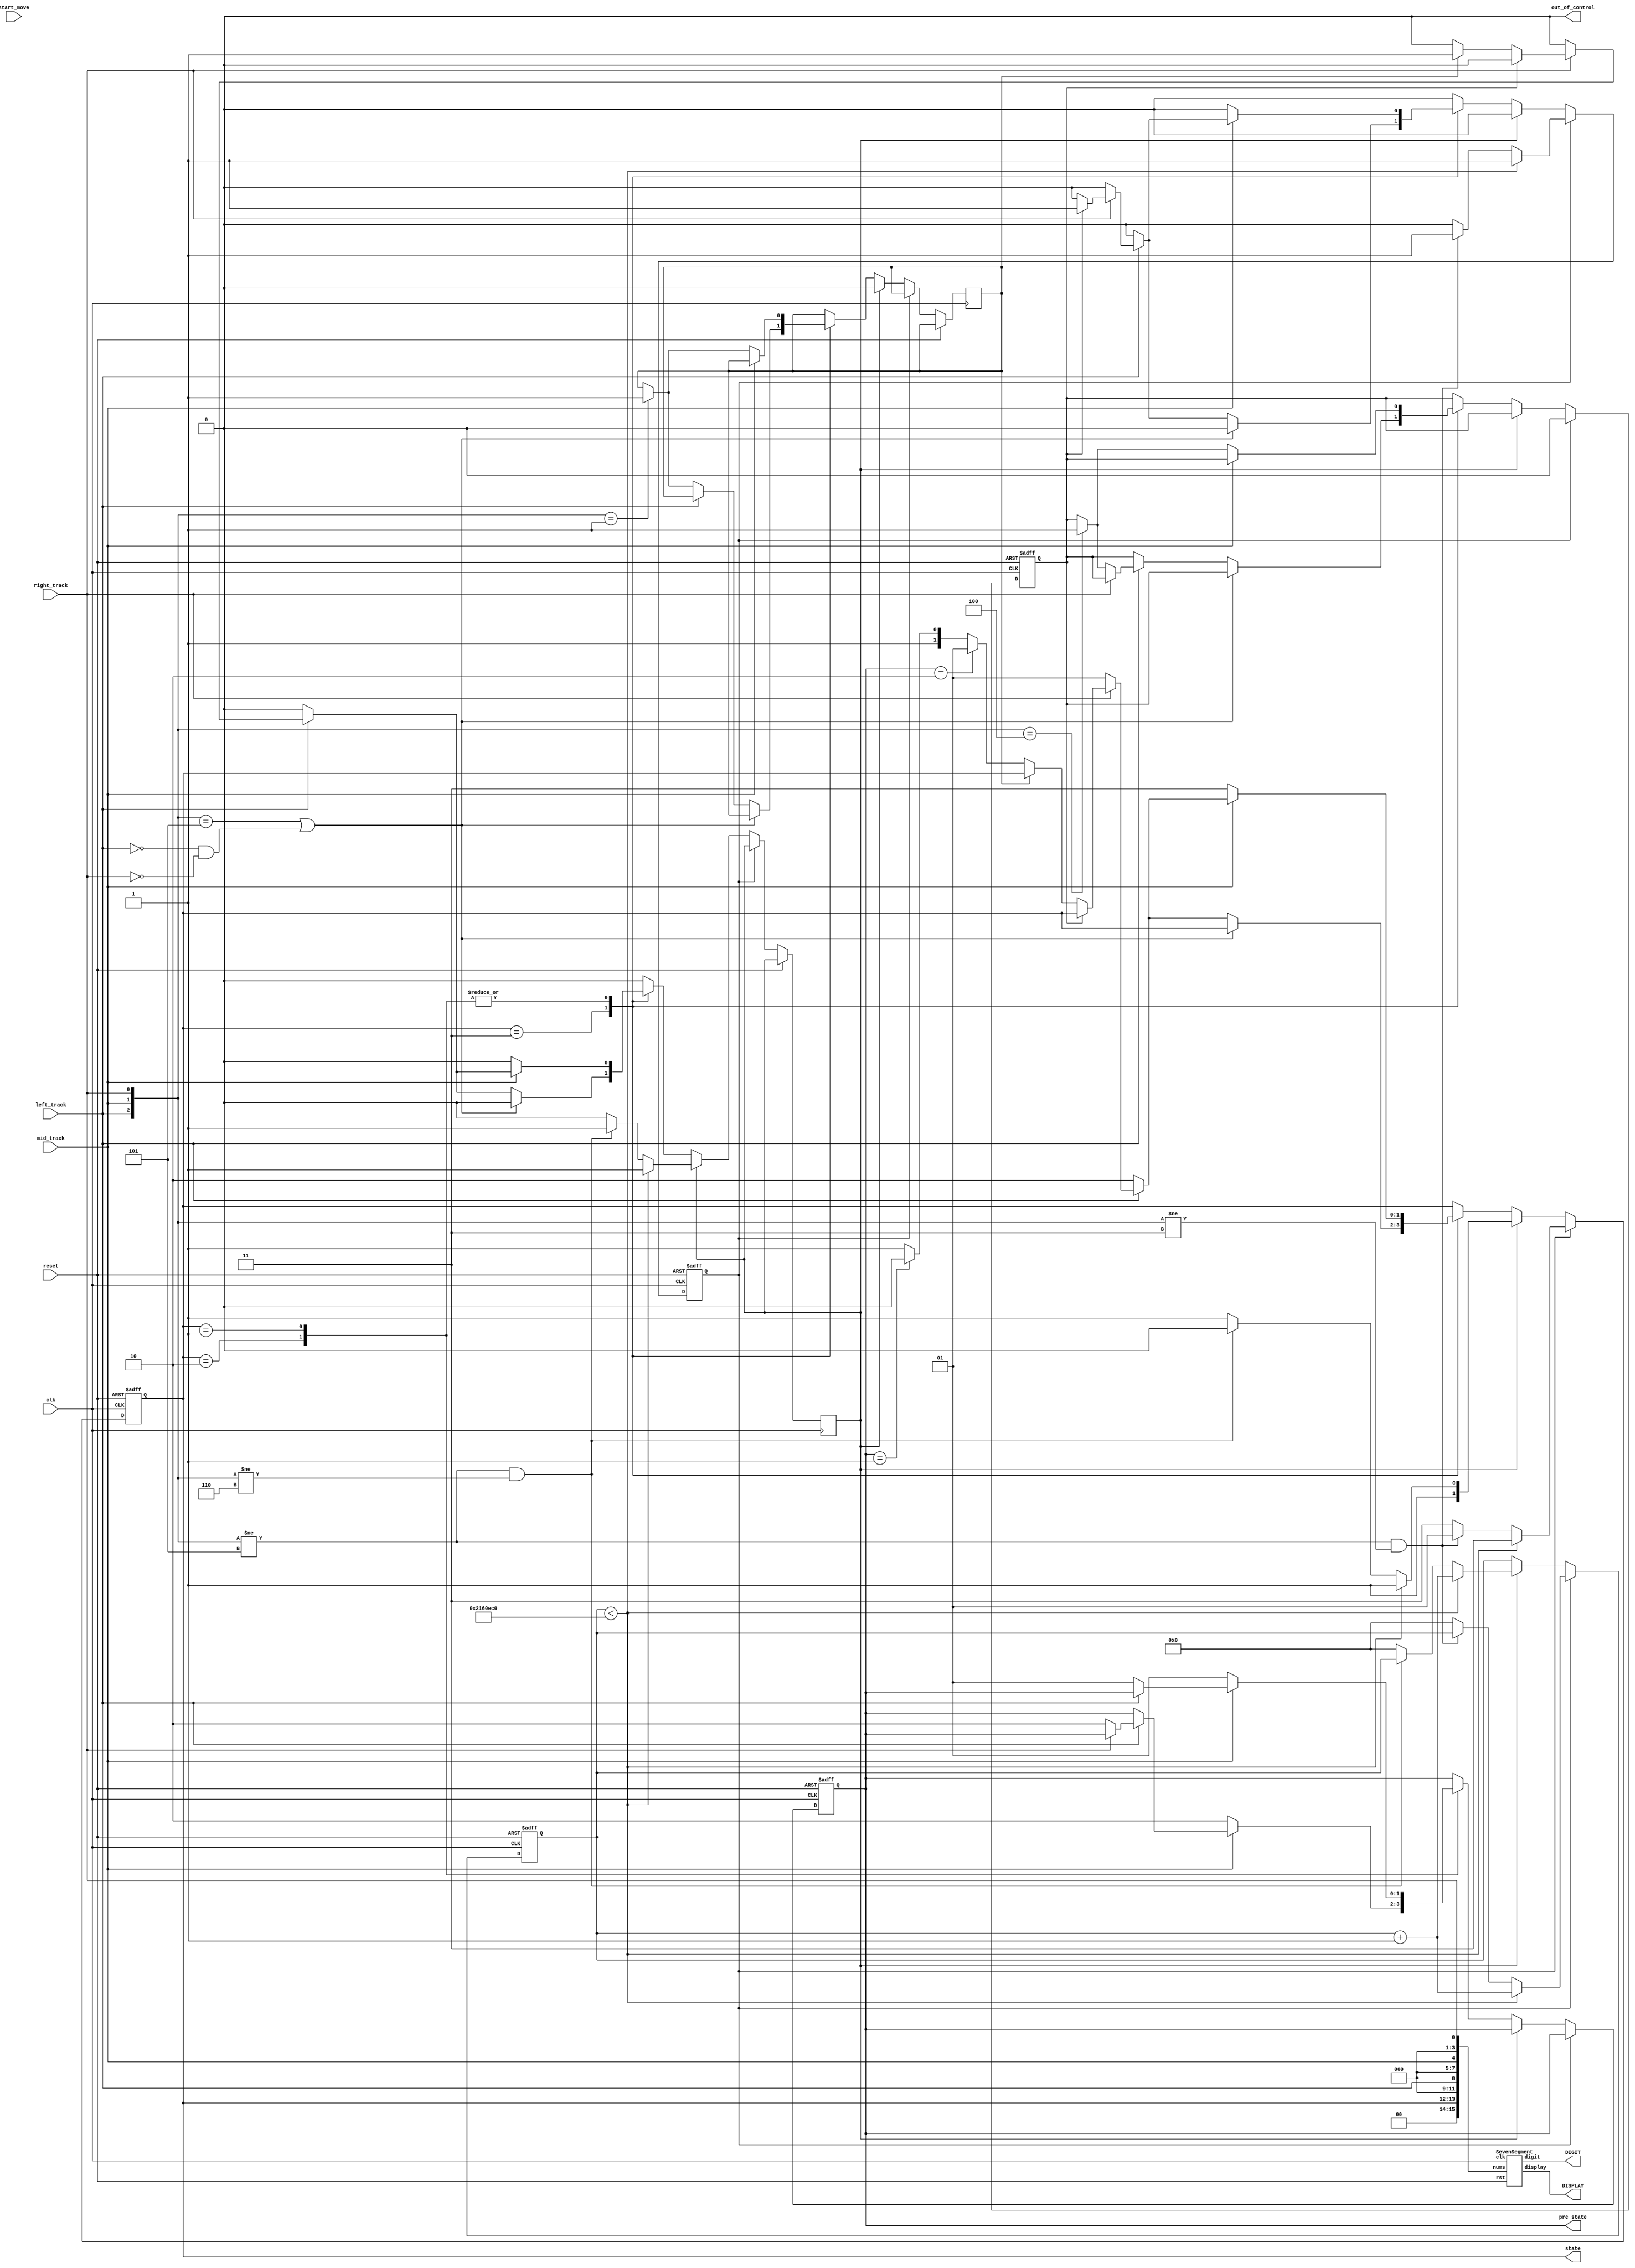
module tracker_sensor(
    input clk, 
    input reset, 
    input left_track, 
    input right_track, 
    input mid_track,
	input start_move,
    output reg [1:0] state, 
    output wire [6:0] DISPLAY, 
    output wire [3:0] DIGIT,
	output reg [1:0] pre_state,
	output wire out_of_control
);

	assign out_of_control = 0;
    // TODO: Receive three tracks and make your own policy.
    // Hint: You can use output state to change your action.
    SevenSegment S(
        .display(DISPLAY),
        .digit(DIGIT),
        .nums({2'b00, state , 3'b000, left_track, 3'b000, mid_track, 3'b000, right_track}),
        .rst(reset),
        .clk(clk)
    );
	parameter turn_left = 2'b10 ;
    parameter go_straight = 2'b11;
    parameter turn_right = 2'b01;
    parameter stop = 2'b00;
	reg direction, ninety_left = 0, ninety_right = 0, flag_ninety_left = 0;
	reg[29:0] cnt = 30'b0, cnt_left_turn = 30'b0, cnt_right_turn = 30'b0, cnt_calibrate = 30'b0;
	reg flag = 0, calibrate = 0, big_turn_right = 0, flag_big_turn_right = 0;
	wire out_the_track = 0;
    wire [2:0] sensor = {left_track, mid_track, right_track};
    //state
    always @(posedge clk, posedge reset) begin
        if(reset) begin
			state <= go_straight;
			pre_state <= go_straight;
			big_turn_right <= 0;
			flag_big_turn_right <= 0;
			cnt <= 0;
		end
        else begin
			if(big_turn_right) begin
				flag_big_turn_right <= 0;
				if(cnt < 30'd35000000) begin
					cnt <= cnt + 1;
					state <= go_straight;
				end
				else begin
					if(sensor != 3'b101 && sensor != 3'b011) begin
						state <= turn_right;
					end
					else begin
						state <= go_straight;
						cnt <= 0;
						big_turn_right <= 0;
					end
				end
			end
			else if(ninety_left) begin
				flag_ninety_left <= 0;
				if(cnt < 30'd35000000) begin
					cnt <= cnt + 1;
					state <= go_straight;
				end
				else begin
					if(sensor != 3'b101 && sensor != 3'b110) state <= turn_left;
					else begin
						state <= go_straight;
						cnt <= 0;
						ninety_left <= 0;
					end
				end
			end
			else begin
				case(state)
				go_straight: begin
					if(sensor == 3'b101 || (!left_track && !right_track)) begin
						state <= state;
						pre_state <= pre_state;
					end
					else if(!left_track) begin
						state <= turn_left;
						pre_state <= pre_state;
						if(sensor == 3'b001) flag_ninety_left <= 1;
						else flag_ninety_left <= flag_ninety_left;
					end
					else if(!right_track) begin
						state <= turn_right;
						pre_state <= pre_state;
						if(sensor == 3'b100) flag_big_turn_right <= 1;
						else flag_big_turn_right <= flag_big_turn_right;
					end
					else begin
						if(flag_big_turn_right) begin
							big_turn_right <= 1;
						end
						else if(flag_ninety_left) begin
							ninety_left <= 1;
						end
						else begin
							state <= (pre_state == turn_left) ? turn_right :
									(pre_state == turn_right) ? turn_left : go_straight; 
						end
					end
				end
				turn_left: begin
					if(!mid_track) begin
						state <= go_straight;
						pre_state <= turn_left;
						if(sensor == 3'b100) flag_big_turn_right <= 1;
						else flag_big_turn_right <= flag_big_turn_right;
						if(sensor == 3'b001) flag_ninety_left <= 1;
						else flag_ninety_left <= flag_ninety_left;
					end
					else if(!left_track) begin
						state <= turn_left;
						pre_state <= pre_state;
					end
					else if(!right_track) begin
						state <= turn_right;
						pre_state <= turn_left;
					end
					else begin
						if(flag_big_turn_right) begin
							big_turn_right <= 1;
						end
						else if(flag_ninety_left) begin
							ninety_left <= 1;
						end
						else begin
							state <= (pre_state == turn_left) ? turn_right :
									(pre_state == turn_right) ? turn_left : go_straight; 
						end
					end
				end
				turn_right: begin
					if(!mid_track) begin
						state <= go_straight;
						pre_state <= turn_right;
						if(sensor == 3'b100) flag_big_turn_right <= 1;
						else flag_big_turn_right <= flag_big_turn_right;
						if(sensor == 3'b001) flag_ninety_left <= 1;
						else flag_ninety_left <= flag_ninety_left;
					end
					else if(!left_track) begin
						state <= turn_left;
						pre_state <= turn_right;
					end
					else if(!right_track) begin
						state <= turn_right;
						pre_state <= pre_state;
					end
					else begin
						if(flag_big_turn_right) begin
							big_turn_right <= 1;
						end
						else if(flag_ninety_left) begin
							ninety_left <= 1;
						end
						else begin
							state <= (pre_state == turn_left) ? turn_right :
									(pre_state == turn_right) ? turn_left : go_straight; 
						end
					end
				end
				default: state <= state;
				endcase
			end

        end
    end
    
endmodule

module SevenSegment(
	output reg [6:0] display,
	output reg [3:0] digit,
	input wire [15:0] nums,
	input wire rst,
	input wire clk
    );
    
    reg [15:0] clk_divider;
    reg [3:0] display_num;
    
    always @ (posedge clk, posedge rst) begin
    	if (rst) begin
    		clk_divider <= 15'b0;
    	end else begin
    		clk_divider <= clk_divider + 15'b1;
    	end
    end
    
    always @ (posedge clk_divider[15], posedge rst) begin
    	if (rst) begin
    		display_num <= 4'b0000;
    		digit <= 4'b1111;
    	end else begin
    		case (digit)
    			4'b1110 : begin
    					display_num <= nums[7:4];
    					digit <= 4'b1101;
    				end
    			4'b1101 : begin
						display_num <= nums[11:8];
						digit <= 4'b1011;
					end
    			4'b1011 : begin
						display_num <= nums[15:12];
						digit <= 4'b0111;
					end
    			4'b0111 : begin
						display_num <= nums[3:0];
						digit <= 4'b1110;
					end
    			default : begin
						display_num <= nums[3:0];
						digit <= 4'b1110;
					end				
    		endcase
    	end
    end
    
    always @ (*) begin
    	case (display_num)
    		0 : display = 7'b1000000;	//0000
			1 : display = 7'b1111001;   //0001                                                
			2 : display = 7'b0100100;   //0010                                                
			3 : display = 7'b0110000;   //0011                                             
			4 : display = 7'b0011001;   //0100                                               
			5 : display = 7'b0010010;   //0101                                               
			6 : display = 7'b0000010;   //0110
			7 : display = 7'b1111000;   //0111
			8 : display = 7'b0000000;   //1000
			9 : display = 7'b0010000;	//1001
            10: display = 7'b0111111;   //minus
			default : display = 7'b1111111;
    	endcase
    end
    
endmodule